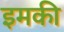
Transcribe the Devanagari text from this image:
इमकी